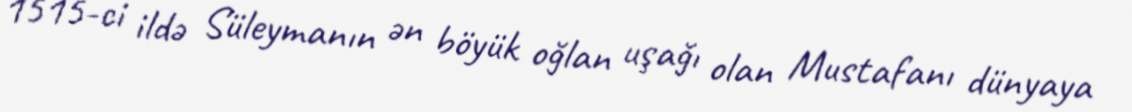
1515-ci ildə Süleymanın ən böyük oğlan uşağı olan Mustafanı dünyaya